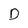
Character: D